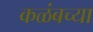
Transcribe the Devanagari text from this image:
कळंबच्या